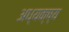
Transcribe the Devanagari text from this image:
अध्यक्ष्य